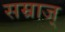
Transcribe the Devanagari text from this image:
सम्राज्